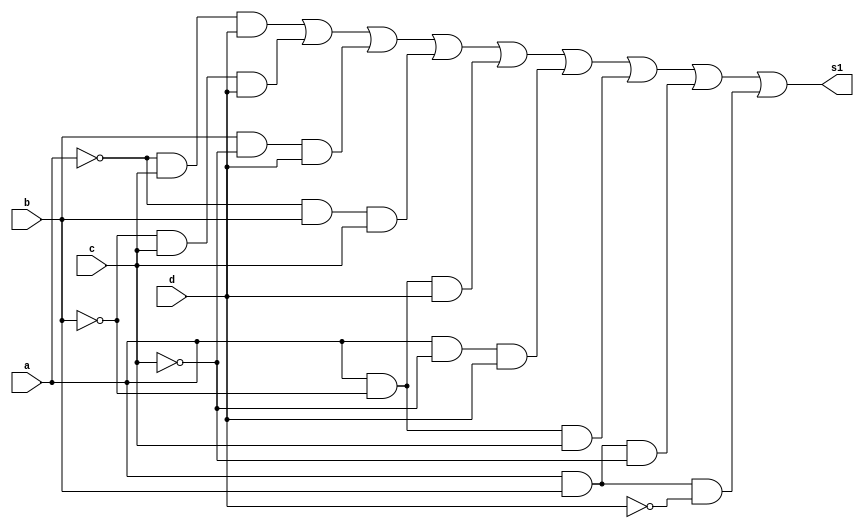
// ---------------------
// Prova01_g
// Nome: Anderson Belchior de Carvalho
// ---------------------

// ---------------------
// -- s1 Quine
// ---------------------

module s1Quine (s1,a,b,c,d);
output s1;
input a,b,c,d;
wire t1,t2,t3,t4,t5,t,t7,t8;

and AND1 (t1,~a,c,d);
and AND2 (t2,~b,c,d);
and AND3 (t3,b,~c,d);
and AND4 (t4,~a,b,c);
and AND5 (t5,a,~b,d);
and AND6 (t6,a,~c,d);
and AND7 (t7,a,~b,c);
and AND8 (t8,a,b,~c);
and AND9 (t9,a,b,~d);

or OR1 (s1,t1,t2,t3,t4,t5,t6,t7,t8,t9); 

endmodule //fim s1Quine

// ---------------------
// --teste  s1 Quine
// ---------------------

module testes1quine;

wire s1;
reg a,b,c,d;

s1Quine Teste (s1,a,b,c,d);

 initial begin
      $display("\na  b   c   d  s1\n");
      $monitor("%b  %b   %b   %b  %b", a, b, c, d, s1);
  
	     a=0; b=0; c=0; d=0;  
    #1  a=0; b=0; c=0; d=1;
    #1  a=0; b=0; c=1; d=0;
    #1  a=0; b=0; c=1; d=1;
    #1  a=0; b=1; c=0; d=0;
 	 #1  a=0; b=1; c=0; d=1;
    #1  a=0; b=1; c=1; d=0;
    #1  a=0; b=1; c=1; d=1;
    #1  a=1; b=0; c=0; d=0;
    #1  a=1; b=0; c=0; d=1;
    #1  a=1; b=0; c=1; d=0;
    #1  a=1; b=0; c=1; d=1;
    #1  a=1; b=1; c=0; d=0;
    #1  a=1; b=1; c=0; d=1;
    #1  a=1; b=1; c=1; d=0;
    #1  a=1; b=1; c=1; d=1;
        
    end
    endmodule

//fim testes1quine